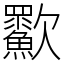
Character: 㱎